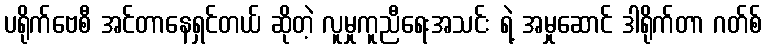
ပရိုက်ဗေစီ အင်တာနေရှင်တယ် ဆိုတဲ့ လူမှုကူညီရေးအသင်း ရဲ့ အမှုဆောင် ဒါရိုက်တာ ဂတ်စ်